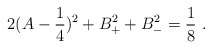
\begin{align*}2 (A -{1\over 4})^2 + B_{+}^2 + B_{-}^2 = {1\over 8} \ .\end{align*}